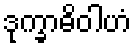
ဒုက္ခာဓိဝါဟံ